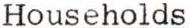
Households